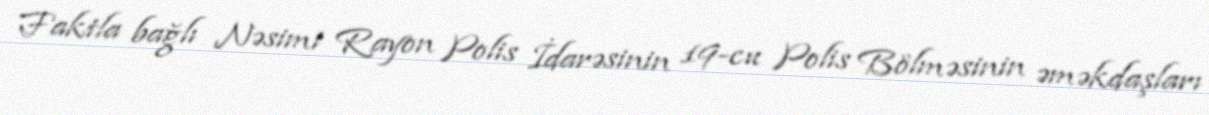
Faktla bağlı Nəsimi Rayon Polis İdarəsinin 19-cu Polis Bölməsinin əməkdaşları